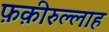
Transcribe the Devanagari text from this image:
फ़क़ीरुल्लाह